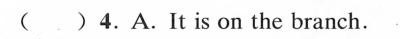
( )4.A.It is on the branch.